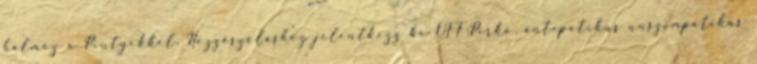
halmoz a Pintyekkel. Hozzászóláshoz jelentkezz be OFF:Pirko, antipatikus unszimpatikus